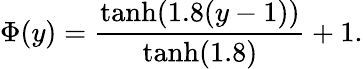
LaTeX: \Phi(y)=\frac{\mathrm{tanh}(1.8(y-1))}{\mathrm{tanh}(1.8)}+1.